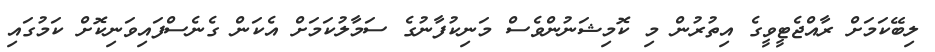
ލިބޭކަމަށް ރާއްޖެޓީވީގެ އިތުރުން މި ކޮމިޝަނުންވެސް މަނިކުފާނުގެ ސަމާލުކަމަށް އެކަން ގެނެސްފައިވަނިކޮށް ކަމުގައި